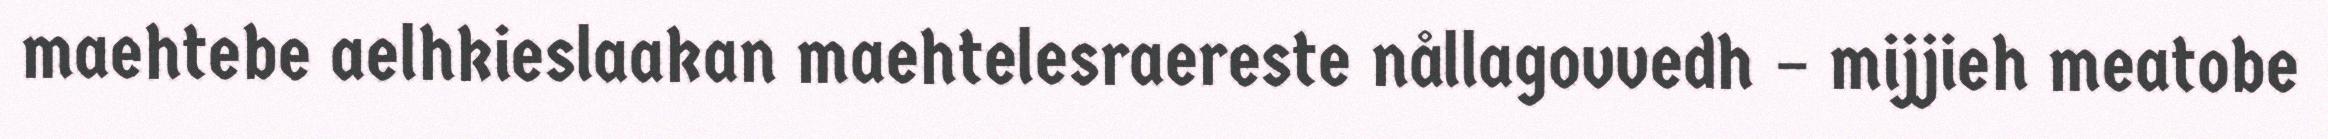
maehtebe aelhkieslaakan maehtelesraereste nållagovvedh – mijjieh meatobe